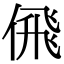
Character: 𠋉